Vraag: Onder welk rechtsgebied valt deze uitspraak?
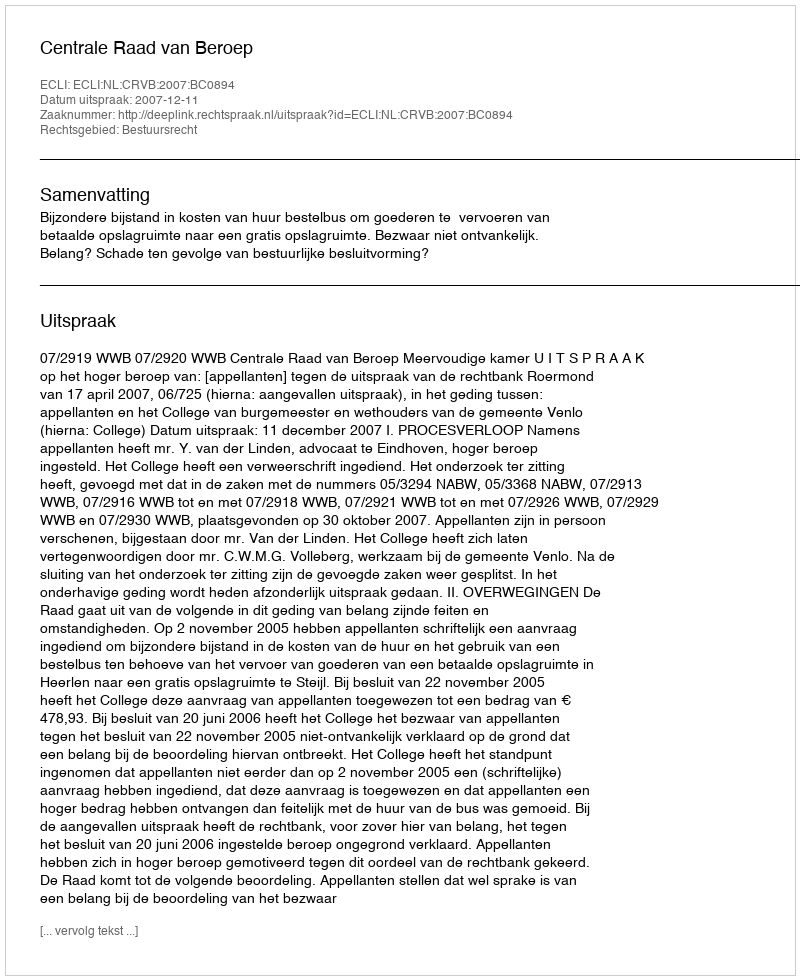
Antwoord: Bestuursrecht